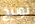
توبيخ